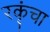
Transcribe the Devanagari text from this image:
रकृंचा